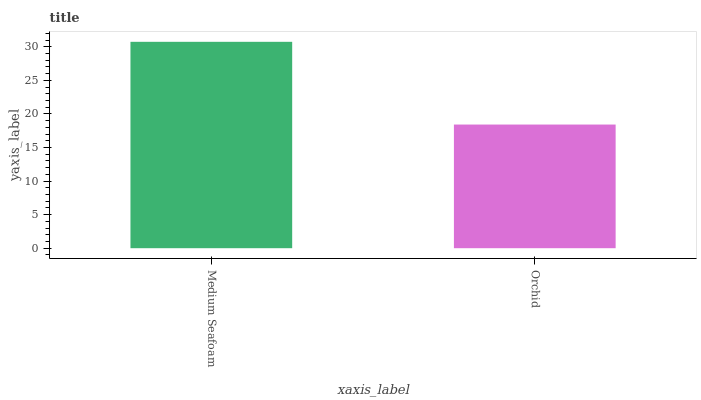
| xaxis_label | bars |
 | --- | --- |
 | Medium Seafoam | 30.7 |
 | Orchid | 18.4 |